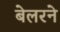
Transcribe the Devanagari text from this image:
बेलरने